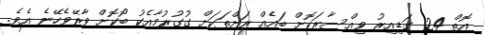
އޮތް 24 ގަޑިއިރު ވިއްސާރަކޮށް ބައެއް ރަށްތަކަށް ގުގުރުމާއެކު ބޯކޮށް ވާރޭވެހޭނެ އެވެ.